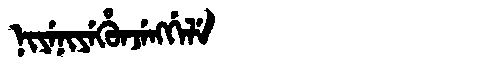
Manchu: ᠨᡳᠶᡝᠨᡳᠶᡝᡥᡠᠨᠵᡝᠩᡤᡝᠯᡝ
Romanization: NIYENIYEHUNJENGGELE